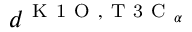
d ^ { \mathrm { ~ K ~ 1 ~ O ~ } , \mathrm { ~ T ~ 3 ~ C ~ } _ { \alpha } }